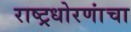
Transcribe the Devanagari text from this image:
राष्ट्रधोरणांचा